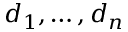
d _ { 1 } , \ldots , d _ { n }